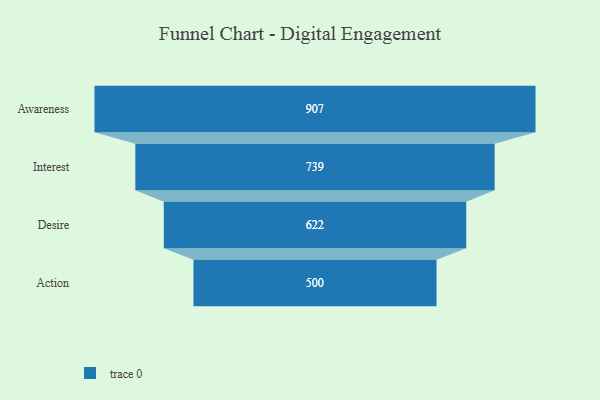
{"axis": {"x": "Stage", "y": "Value"}, "legend": [""], "data": [{"x": "Awareness", "y": 907.0, "type": ""}, {"x": "Interest", "y": 739.0, "type": ""}, {"x": "Desire", "y": 622.0, "type": ""}, {"x": "Action", "y": 500, "type": ""}]}